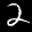
Label: 2